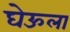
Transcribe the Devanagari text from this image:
घेऊला